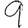
Digit: 9